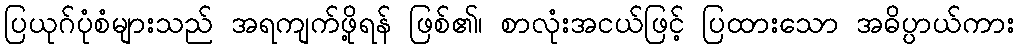
ပြယုဂ်ပုံစံများသည် အရကျက်ဖို့ရန် ဖြစ်၏၊ စာလုံးအငယ်ဖြင့် ပြထားသော အဓိပ္ပာယ်ကား